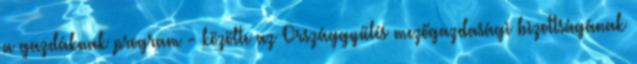
a gazdáknak program - közölte az Országgyűlés mezőgazdasági bizottságának